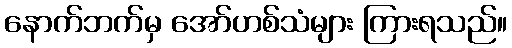
နောက်ဘက်မှ အော်ဟစ်သံများ ကြားရသည်။